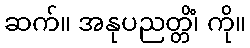
ဆက်။ အနုပညတ္တိံ၊ ကို။